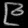
Digit: ၉